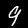
Digit: 9